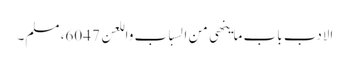
الادب باب ماینھی من السباب واللعن 6047، مسلم۔